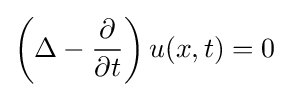
\left(\Delta -{\frac {\partial }{\partial t}}\right)u(x,t)=0